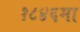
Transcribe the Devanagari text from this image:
१८४६मा